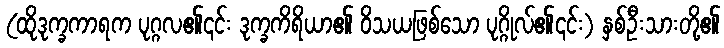
(ထိုဒုက္ခကာရက ပုဂ္ဂလ၏၎င်း ဒုက္ခကိရိယာ၏ ဝိသယဖြစ်သော ပုဂ္ဂိုလ်၏၎င်း) နှစ်ဦးသားတို့၏